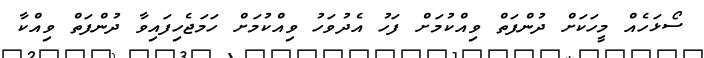
ސޯޅަހެއް މީހަކަށް ދުންފަތް ވިއްކުމަށް ފަހު އެދުވަހު ވިއްކުމަށް ހަމަޖެހިފައިވާ ދުންފަތް ވިއްކާ